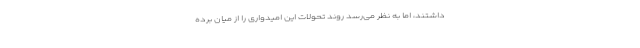
داشتند، اما به نظر می‌رسد روند تحولات این امیدواری را از میان برده